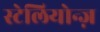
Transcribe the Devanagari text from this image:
स्टेलियोन्ज़